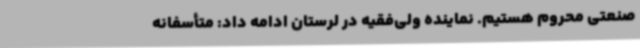
صنعتی محروم هستیم. نماینده ولی‌فقیه در لرستان ادامه داد: متأسفانه